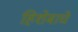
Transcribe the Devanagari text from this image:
हिशेबाचे